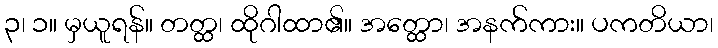
၃၊ ၁။ မှယူရန်။ တတ္ထ၊ ထိုဂါထာ၏။ အတ္ထော၊ အနက်ကား။ ပကတိယာ၊